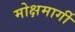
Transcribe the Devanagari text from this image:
मोक्षमार्गी